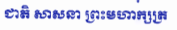
ជាតិ សាសនា ព្រះមហាក្សត្រ